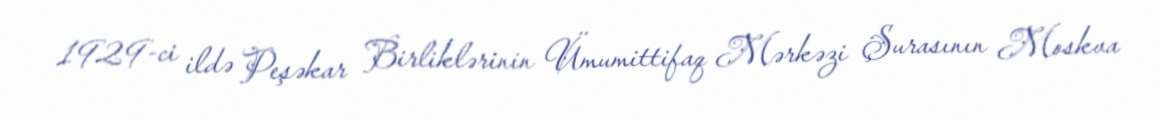
1929-ci ildə Peşəkar Birliklərinin Ümumittifaq Mərkəzi Şurasının Moskva